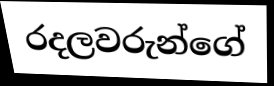
රදලවරුන්ගේ